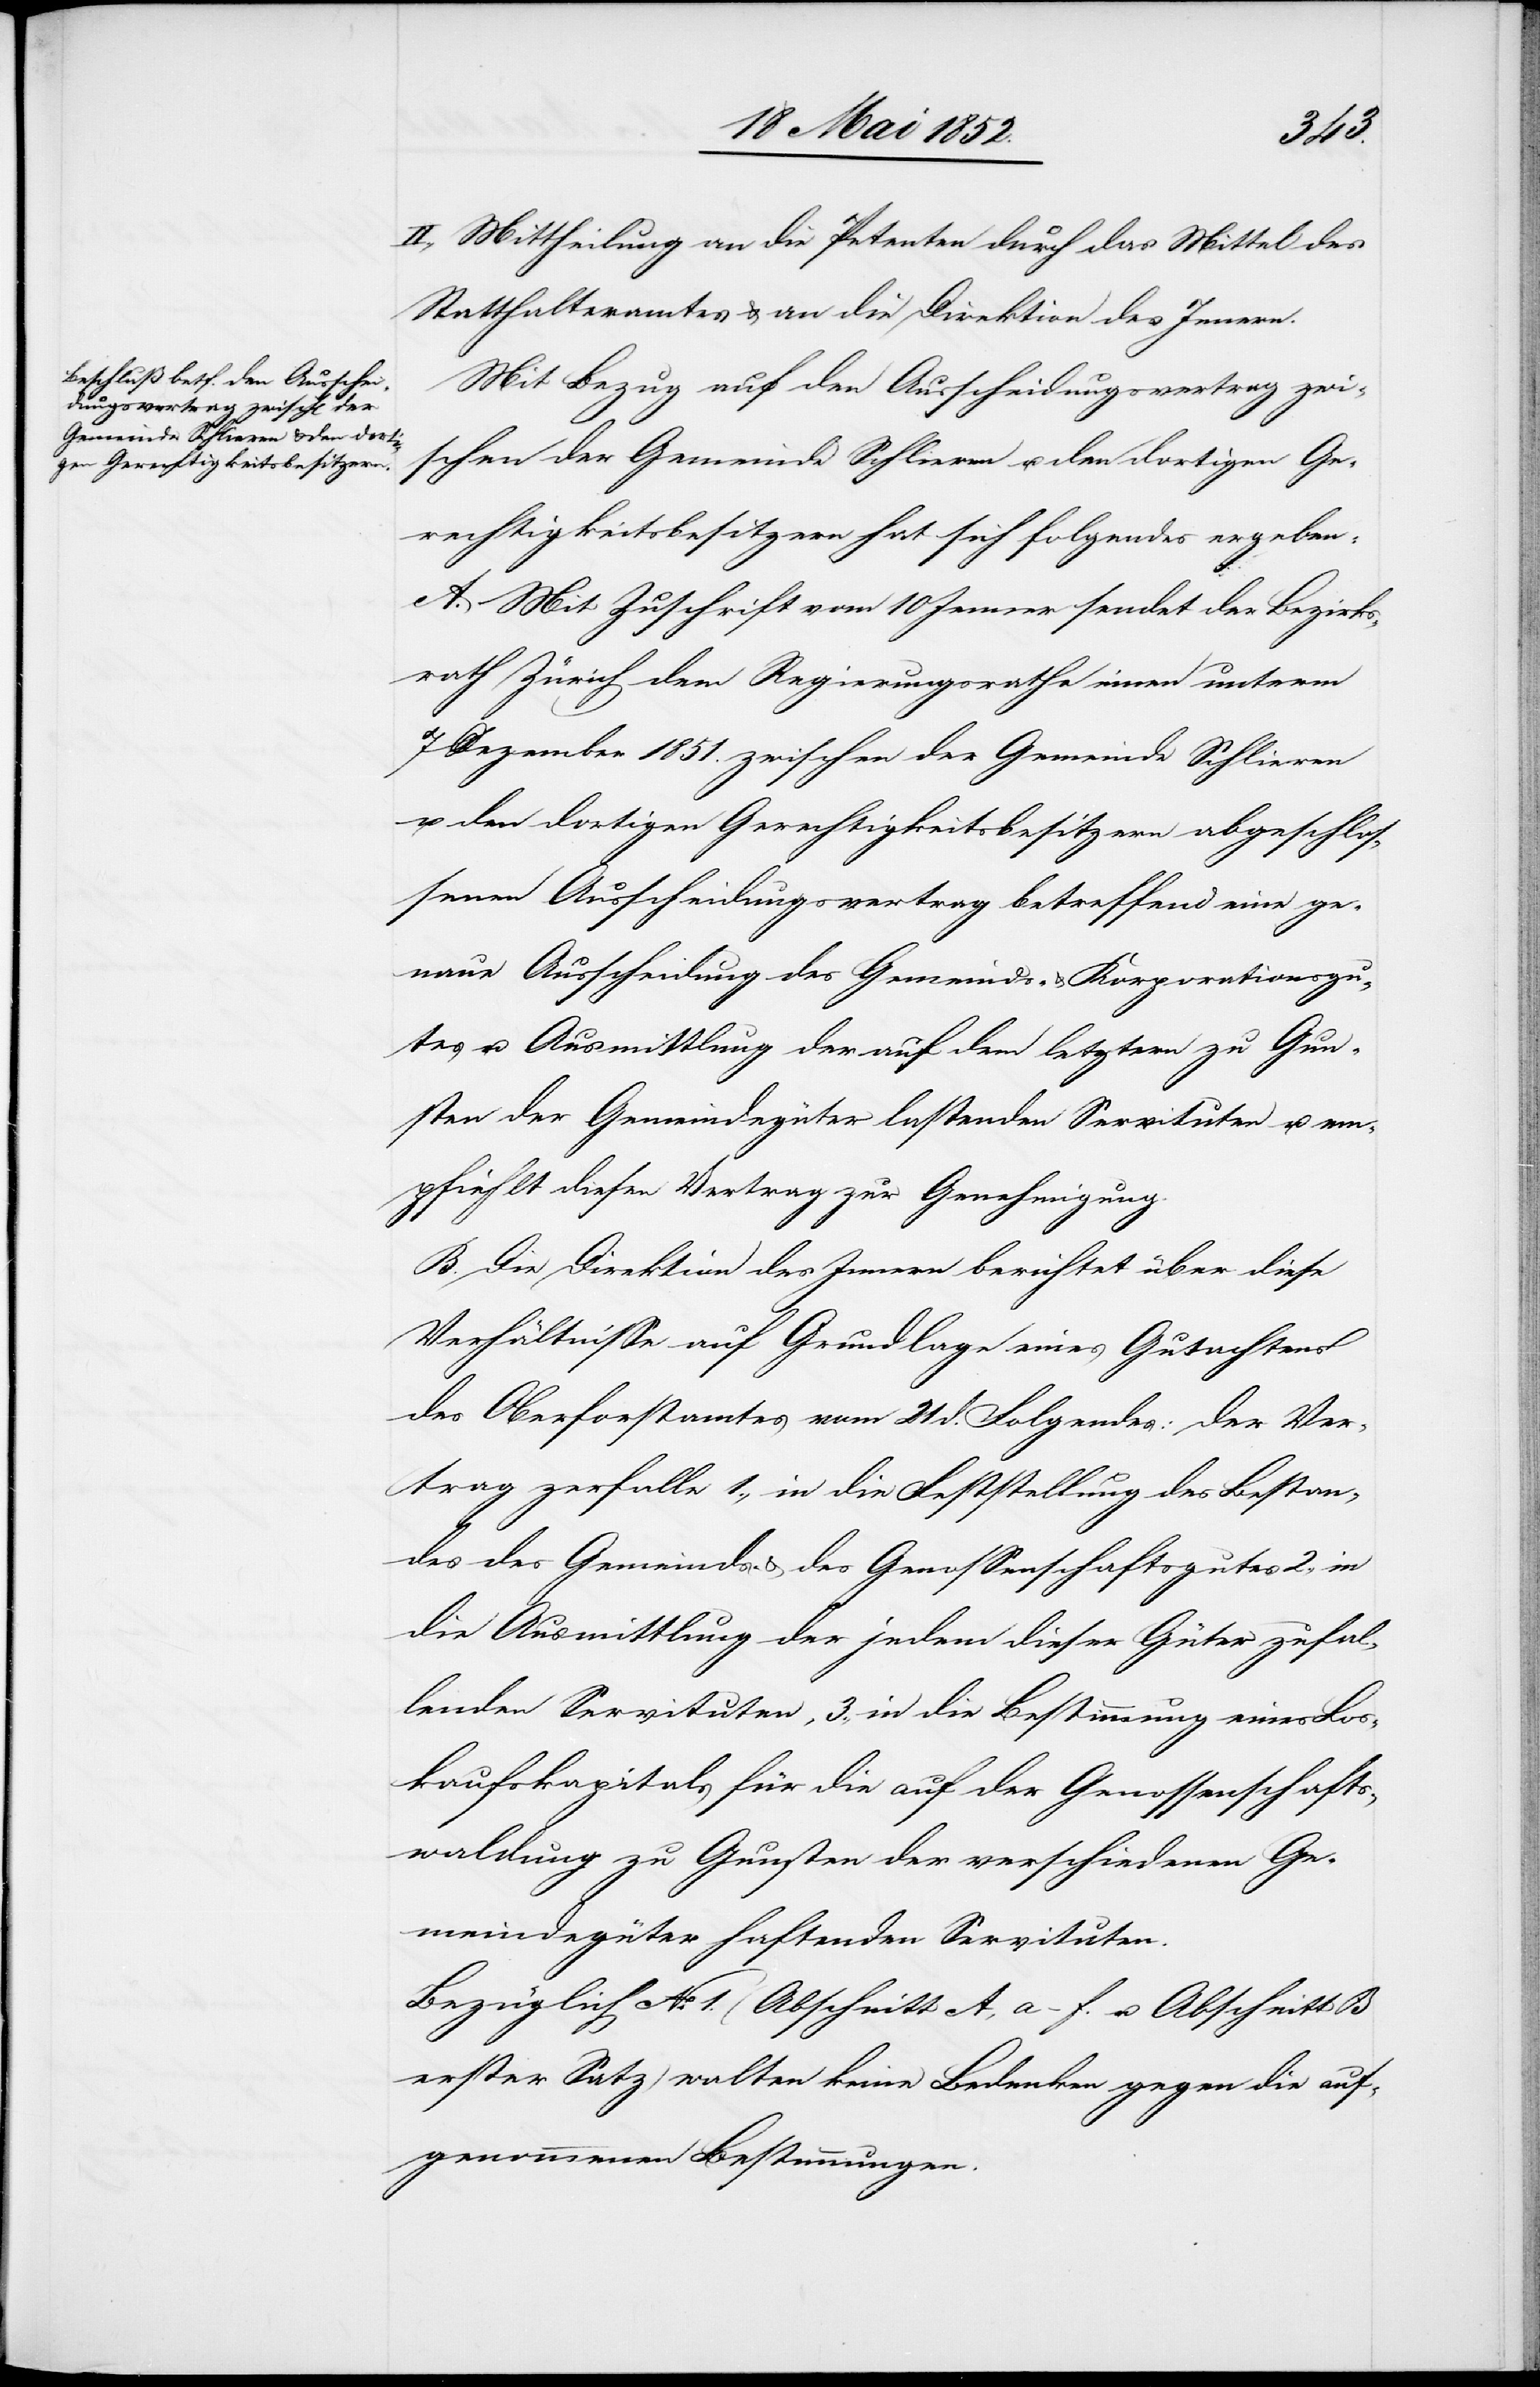
II., Mittheilung an die Petenten durch das Mittel des
Statthalteramtes & an die Direktion des Innern.
Mit Bezug auf den Ausscheidungsvertrag zwi¬
schen der Gemeinde Schlieren u. den dortigen Ge¬
rechtigkeitsbesitzern hat sich folgendes ergeben:
A. Mit Zuschrift vom 10 Jenner sendet der Bezirks¬
rath Zürich dem Regierungsrathe einen unterm
7 Dezember 1851. zwischen der Gemeinde Schlieren
u. den dortigen Gerechtigkeitsbesitzern abgeschlos¬
senen Ausscheidungsvertrag betreffend eine ge¬
naue Ausscheidung des Gemeinds- & Korporationsgu¬
tes u. Ausmittlung der auf dem letztern zu Gun¬
sten der Gemeindegüter lastenden Servituten u. em¬
pfiehlt diesen Vertrag zur Genehmigung.
B. Die Direktion des Innern berichtet über diese
Verhältnisse auf Grundlage eines Gutachtens
des Oberforstamtes vom 21 d. Folgendes: der Ver¬
trag zerfalle 1., in die Feststellung des Bestan¬
des des Gemeinds- & des Genossenschaftsgutes 2., in
die Ausmittlung der jedem dieser Güter zufal¬
lenden Servituten, 3., in die Bestimmung eines Los¬
kaufskapitals für die auf der Genossenschafts¬
waldung zu Gunsten der verschiedenen Ge¬
meindegüter haftenden Servituten.
Bezüglich No. 1. (Abschnitt A, a–f. u. Abschnitt B
erster Satz) walten keine Bedenken gegen die auf¬
genommenen Bestimmungen.